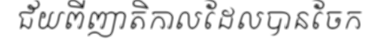
ជ័យពីញាតិកាលដែលបានចែក